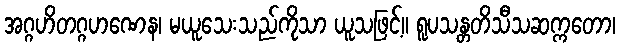
အဂ္ဂဟိတဂ္ဂဟဏေန၊ မယူသေးသည်ကိုသာ ယူသဖြင့်။ ရူပသန္တတိသီသဆက္ကတော၊